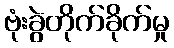
ဗုံးခွဲတိုက်ခိုက်မှု